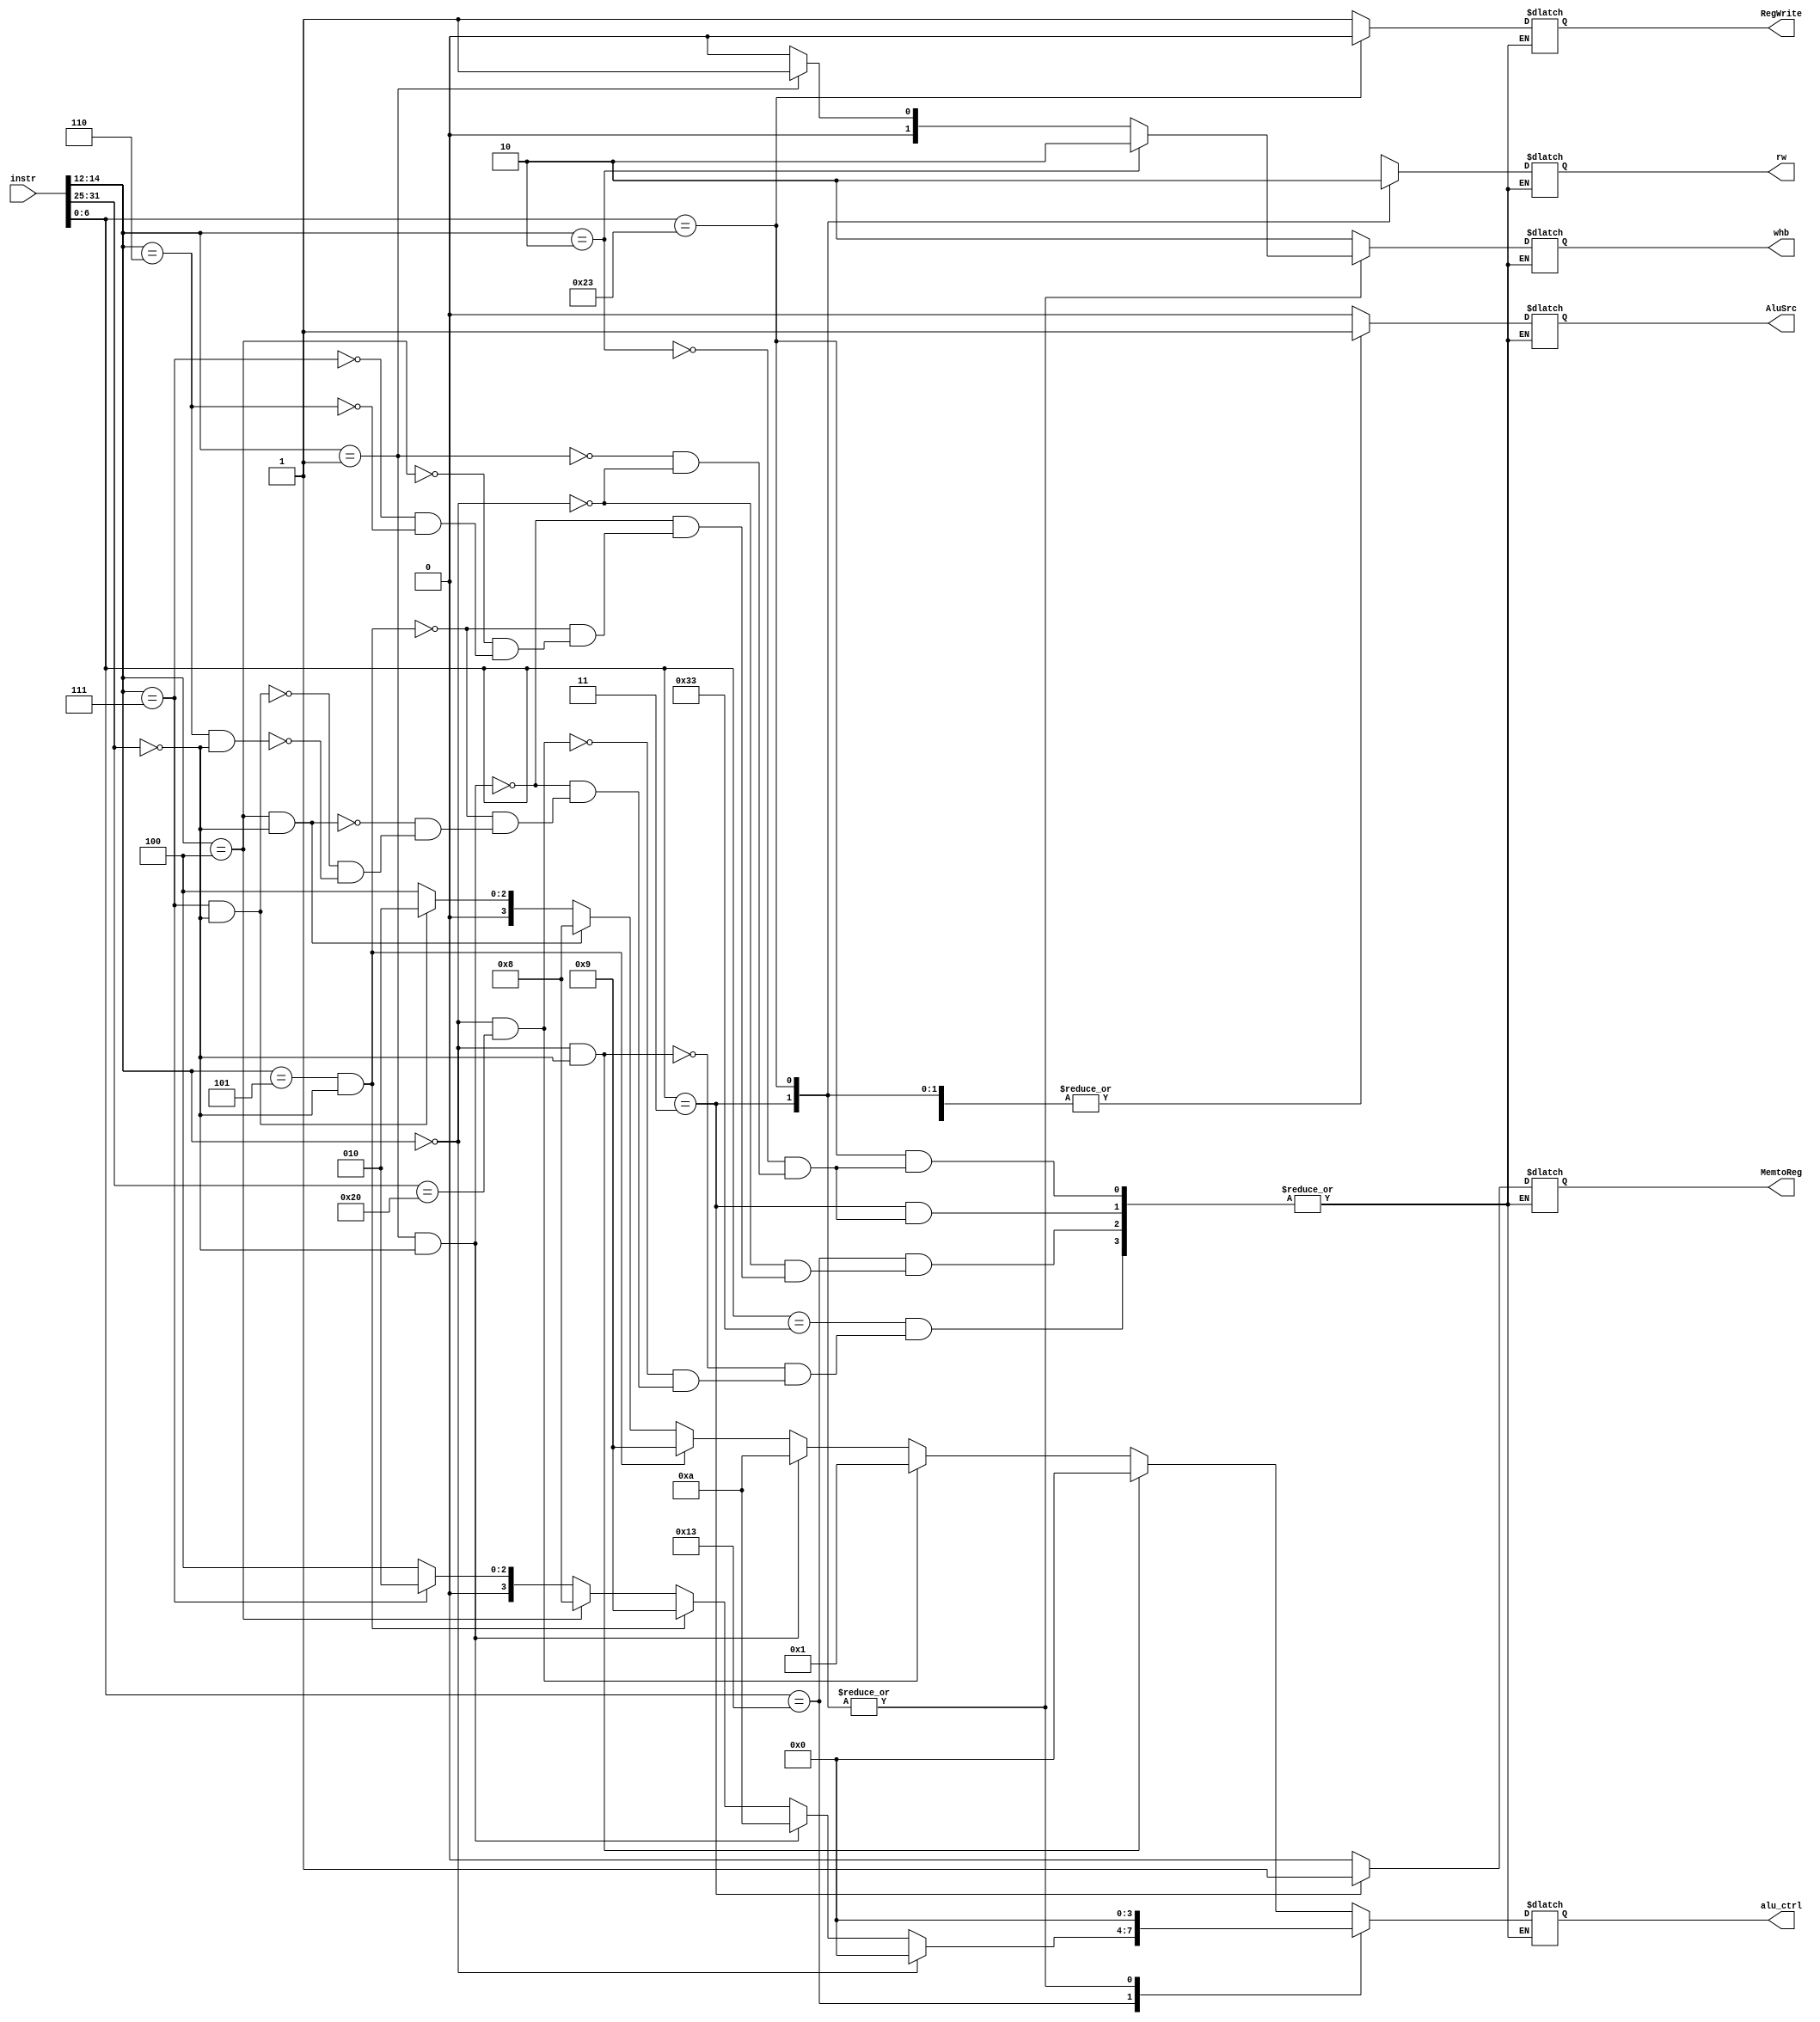
module control_unit_i(
input [31:0] instr,
output reg RegWrite,
output reg [3:0] alu_ctrl,
output reg rw,
output reg MemtoReg,
output reg AluSrc,
output reg [1:0] whb
);

wire [2:0] func3;
wire [6:0] func7;
wire [6:0] opcode;


assign func3 = instr[14:12];
assign func7 = instr[31:25];
assign opcode = instr[6:0];

parameter I1 = 7'b0010011, I2 = 7'b0000011, S = 7'b0100011, R = 7'b0110011;

always @(*)
begin
    case(opcode)
	R:
	   begin
         if(func3 == 3'b000 && func7 == 7'b0000000) {RegWrite,alu_ctrl,rw,MemtoReg,AluSrc,whb} <= 10'b1_0000_x_0_0_10; //ADD 
         else if(func3 == 3'b000 && func7 == 7'b0100000) {RegWrite,alu_ctrl,rw,MemtoReg,AluSrc,whb} <= 10'b1_0001_x_0_0_10; //SUB 
         else if(func3 == 3'b001 && func7 == 7'b0000000) {RegWrite,alu_ctrl,rw,MemtoReg,AluSrc,whb} <= 10'b1_1010_x_0_0_10; //SLL 
         else if(func3 == 3'b101 && func7 == 7'b0000000) {RegWrite,alu_ctrl,rw,MemtoReg,AluSrc,whb} <= 10'b1_1001_x_0_0_10; //SRL 
         else if(func3 == 3'b100 && func7 == 7'b0000000) {RegWrite,alu_ctrl,rw,MemtoReg,AluSrc,whb} <= 10'b1_1000_x_0_0_10; //XOR 
         else if(func3 == 3'b111 && func7 == 7'b0000000) {RegWrite,alu_ctrl,rw,MemtoReg,AluSrc,whb} <= 10'b1_0010_x_0_0_10; //AND 
         else if(func3 == 3'b110 && func7 == 7'b0000000) {RegWrite,alu_ctrl,rw,MemtoReg,AluSrc,whb} <= 10'b1_0100_x_0_0_10; //OR 
       end
    I1:
        begin
         if(func3 == 3'b000) {RegWrite,alu_ctrl,rw,MemtoReg,AluSrc,whb} <= 10'b1_0000_x_0_1_10; //ADDI 
         else if(func3 == 3'b001 && func7 == 7'b0000000) {RegWrite,alu_ctrl,rw,MemtoReg,AluSrc,whb} <= 10'b1_1010_x_0_1_10; //SLLI 
         else if(func3 == 3'b101 && func7 == 7'b0000000) {RegWrite,alu_ctrl,rw,MemtoReg,AluSrc,whb} <= 10'b1_1001_x_0_1_10; //SRLI  
         else if(func3 == 3'b100) {RegWrite,alu_ctrl,rw,MemtoReg,AluSrc,whb} <= 10'b1_1000_x_0_1_10; //XORI 
         else if(func3 == 3'b111) {RegWrite,alu_ctrl,rw,MemtoReg,AluSrc,whb} <= 10'b1_0010_x_0_1_10; //ANDI 
         else if(func3 == 3'b110) {RegWrite,alu_ctrl,rw,MemtoReg,AluSrc,whb} <= 10'b1_0100_x_0_1_10; //ORI 
        end
    I2:
        begin
         if(func3 == 3'b010) {RegWrite,alu_ctrl,rw,MemtoReg,AluSrc,whb} <= 10'b1_0000_1_1_1_10; //LW 
         else if(func3 == 3'b001) {RegWrite,alu_ctrl,rw,MemtoReg,AluSrc,whb} <= 10'b1_0000_1_1_1_01; //LH 
         else if(func3 == 3'b000) {RegWrite,alu_ctrl,rw,MemtoReg,AluSrc,whb} <= 10'b1_0000_1_1_1_00; //LB 
        end
    S:
        begin
         if(func3 == 3'b010) {RegWrite,alu_ctrl,rw,MemtoReg,AluSrc,whb} <= 10'b0_0000_0_0_1_10; //SW 
         else if(func3 == 3'b001) {RegWrite,alu_ctrl,rw,MemtoReg,AluSrc,whb} <= 10'b0_0000_0_0_1_01; //SH 
         else if(func3 == 3'b000) {RegWrite,alu_ctrl,rw,MemtoReg,AluSrc,whb} <= 10'b0_0000_0_0_1_00; //SB 
         end
        default: {RegWrite,alu_ctrl,rw,MemtoReg,AluSrc,whb} <= 10'bx_xxxx_x_x_x_xx; 
        
    endcase
 end

    /*
    if(func3 == 3'b000) {alu_ctrl,rw,RegWrite,MemToReg,AluSrc} = 8'b0000_x_1_0_1;
    else if(func3 == 3'b111) {alu_ctrl,rw,RegWrite,MemToReg,AluSrc} = 8'b0010_x_1_0_1;
    else if(func3 == 3'b110) {alu_ctrl,rw,RegWrite,MemToReg,AluSrc} = 8'b0100_x_1_0_1;
    else if(func3 == 3'b001) {alu_ctrl,rw,RegWrite,MemToReg,AluSrc} = 8'b1000_x_1_0_1;
    else if(func3 == 3'b101) {alu_ctrl,rw,RegWrite,MemToReg,AluSrc} = 8'b0011_x_1_0_1;
    else if(func3 == 3'b010) {alu_ctrl,rw,RegWrite,MemToReg,AluSrc} = 8'b0000_1_1_1_1;
    else {alu_ctrl,rw,RegWrite,MemToReg,AluSrc} = 8'bx;
    */


endmodule